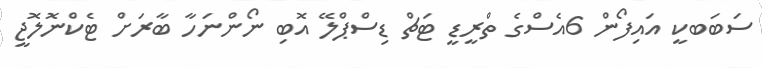
ސަބަބކީ އައިފޯން 6އެސްގެ ތްރީޑީ ޓަޗް ޑިސްޕްލޭ އޮބި ނޯންނަހާ ބާރަށް ޓެކްނޮލޮޖީ